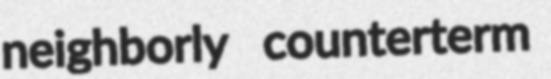
neighborly counterterm